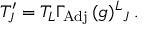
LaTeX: T _ { J } ^ { \prime } = T _ { L } \Gamma _ { \mathrm { A d j } } \, ( g ) ^ { L } { } _ { J } \, .